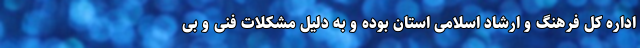
اداره کل فرهنگ و ارشاد اسلامی استان بوده و به دلیل مشکلات فنی و بی